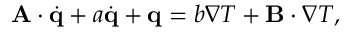
\begin{array} { r } { \mathbf A \cdot \dot { \mathbf q } + a \dot { \mathbf q } + \mathbf q = b \nabla T + \mathbf B \cdot \nabla T , } \end{array}